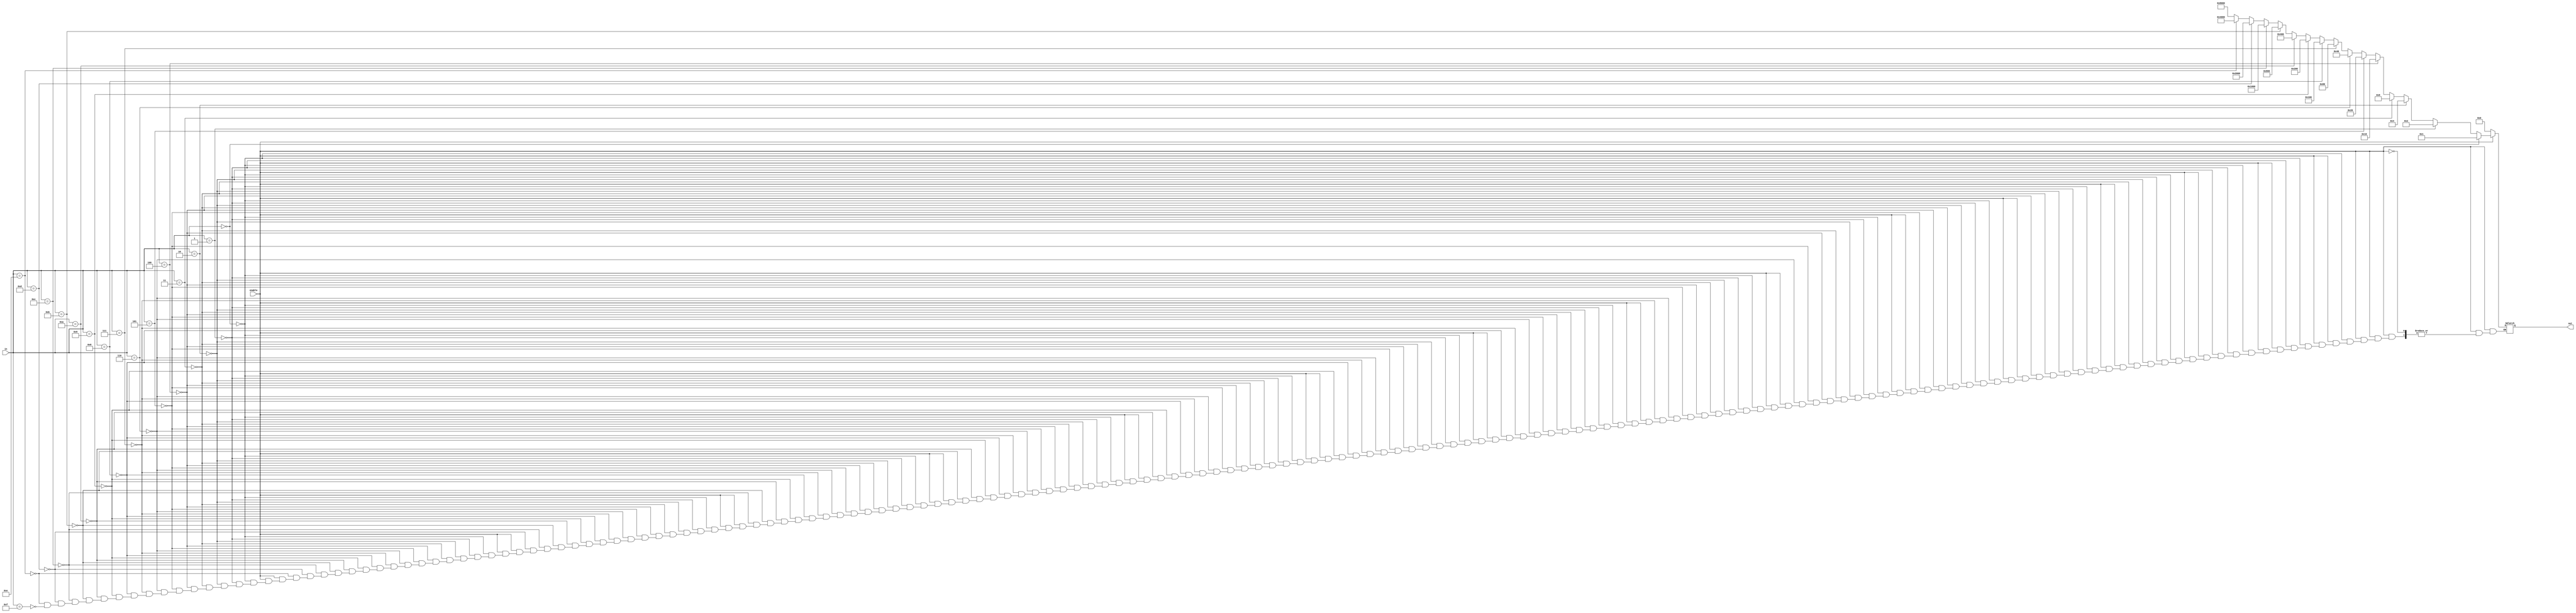
`timescale 1ns / 1ps
//////////////////////////////////////////////////////////////////////////////////
// Company: Cal poly pomona
// 
// Design Name: Lab2 4 to 16 decoder
// Module Name: decoder4to16
// Project Name: Lab2 
// Target Devices: ARTIX-7 family
// Tool Versions: Vivado 2019.2
// Description: designing 4to16 decoder that has 4bit inputs, 1bit enable, and 16bit output
// 
// Dependencies: 
// 
// Revision: 1.0
// Revision 0.01 - File Created
// Additional Comments: This was designed by JIhun Choi and Jacky Li
// 
//////////////////////////////////////////////////////////////////////////////////


module decoder4to16(
                        input wire [3:0] in,
                        input wire enable,
                        output reg [15:0] out
                     );
                     
       always@(in,enable)
       begin
            if(enable==1'b0)
                out=16'b0000000000000000;
            else if(enable==1'b1)
                if(in == 4'b0000)
                     out=16'b0000000000000001;
                else if(in == 4'b0001)
                     out=16'b0000000000000010;
                else if(in == 4'b0010)
                     out=16'b0000000000000100;
                else if(in == 4'b0011)
                     out=16'b0000000000001000;
                else if(in == 4'b0100)
                     out=16'b000000000010000;
                else if(in == 4'b0101)
                     out=16'b0000000000100000;
                else if(in == 4'b0110)
                     out=16'b0000000001000000;
                else if(in == 4'b0111)
                     out=16'b0000000010000000;
                else if(in == 4'b1000)
                     out=16'b0000000100000000;
                else if(in == 4'b1001)
                     out=16'b0000001000000000;
                else if(in == 4'b1010)
                     out=16'b0000010000000000; 
                else if(in == 4'b1011)
                     out=16'b0000100000000000;
                else if(in == 4'b1100)
                     out=16'b0001000000000000; 
                else if(in == 4'b1101)
                     out=16'b0010000000000000;
                else if(in == 4'b1110)
                     out=16'b0100000000000000;  
                else if(in == 4'b1111)
                     out=16'b1000000000000000;                                                                   
       end
       
endmodule